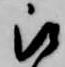
被